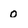
Character: 0